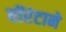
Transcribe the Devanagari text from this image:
वॉरंटाने